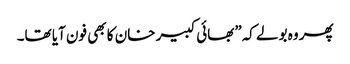
پھر وہ بولے کہ”بھائی کبیر خان کا بھی فون آیا تھا۔